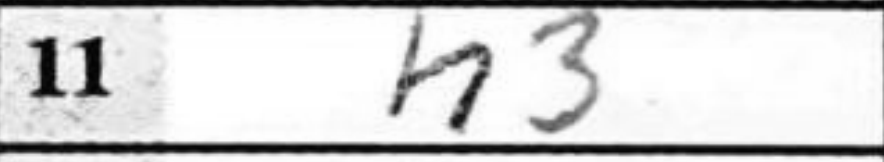
Transcription: h3